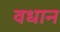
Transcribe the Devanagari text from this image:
वधान